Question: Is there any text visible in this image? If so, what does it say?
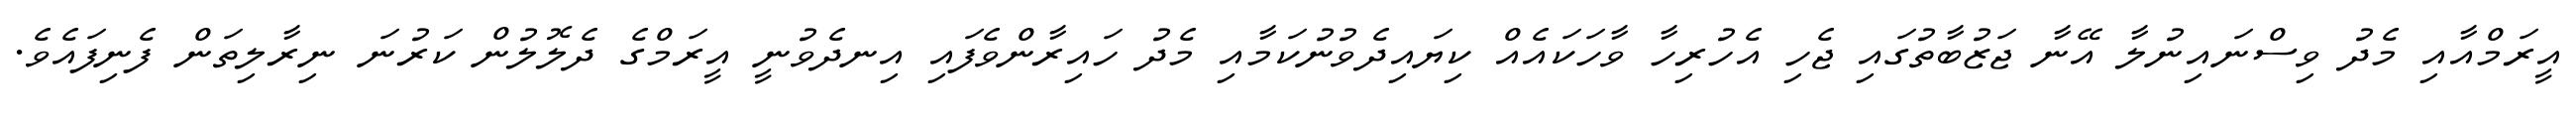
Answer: އީރަމްއާއި މެދު ވިސްނައިނުލާ އޭނާ ޖަޒުބާތުގައި ޖެހި އެހުރިހާ ވާހަކައެއް ކިޔައިދެވުނުކަމާއި މެދު ހައިރާންވެފައި އިނދެވުނީ އީރަމްގެ ދެލޮލުން ކަރުނަ ނިރާލިތަން ފެނިފައެވެ.